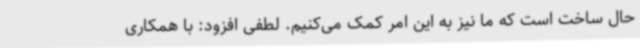
حال ساخت است که ما نیز به این امر کمک می‌کنیم. لطفی افزود: با همکاری